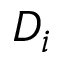
D _ { i }